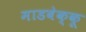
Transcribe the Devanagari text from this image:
माडबेक्कू